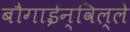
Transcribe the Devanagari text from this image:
बौगाईन्विल्ले